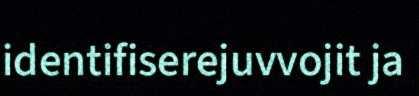
identifiserejuvvojit ja